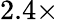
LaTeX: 2.4\times